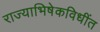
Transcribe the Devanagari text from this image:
राज्याभिषेकविधींत